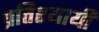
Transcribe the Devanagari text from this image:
प्रतिश्यायी